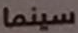
سينما